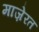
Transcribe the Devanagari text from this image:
माज़ेरत